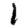
Digit: 1